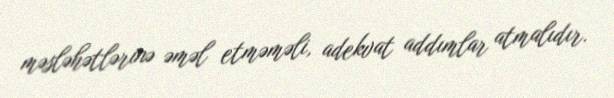
məsləhətlərinə əməl etməməli, adekvat addımlar atmalıdır.